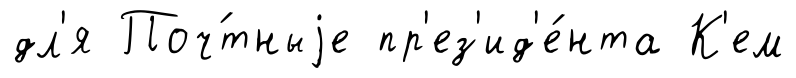
дл'я Поч́тныjе пр'ез'ид'е́нта К'ем